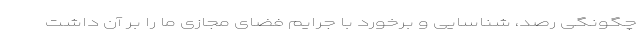
چگونگی رصد، شناسایی و برخورد با جرایم فضای مجازی ما را بر آن داشت